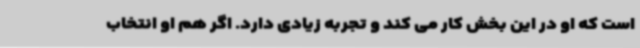
است که او در این بخش کار می کند و تجربه زیادی دارد. اگر هم او انتخاب